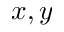
x , y